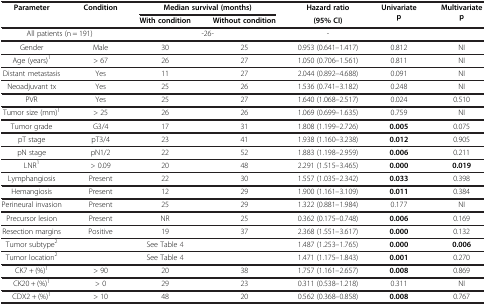
<table><thead><tr><td><b>Parameter</b></td><td><b>Condition</b></td><td colspan="2"><b>Median survival (months)</b></td><td><b>Hazard ratio</b></td><td><b>Univariate</b></td><td><b>Multivariate</b></td></tr><tr><td><b> </b></td><td><b> </b></td><td><b>With condition</b></td><td><b>Without condition</b></td><td><b>(95% CI)</b></td><td><b>p</b></td><td><b>p</b></td></tr></thead><tbody><tr><td colspan="2">All patients (n = 191)</td><td colspan="2">-26-</td><td>-</td><td> </td><td> </td></tr><tr><td>Gender</td><td>Male</td><td>30</td><td>25</td><td>0.953 (0.641–1.417)</td><td>0.812</td><td>NI</td></tr><tr><td>Age (years)<sup>1</sup></td><td>&gt; 67</td><td>26</td><td>27</td><td>1.050 (0.706–1.561)</td><td>0.811</td><td>NI</td></tr><tr><td>Distant metastasis</td><td>Yes</td><td>11</td><td>27</td><td>2.044 (0.892–4.688)</td><td>0.091</td><td>NI</td></tr><tr><td>Neoadjuvant tx</td><td>Yes</td><td>25</td><td>26</td><td>1.536 (0.741–3.182)</td><td>0.248</td><td>NI</td></tr><tr><td>PVR</td><td>Yes</td><td>25</td><td>27</td><td>1.640 (1.068–2.517)</td><td>0.024</td><td>0.510</td></tr><tr><td>Tumor size (mm)<sup>1</sup></td><td>&gt; 25</td><td>26</td><td>26</td><td>1.069 (0.699–1.635)</td><td>0.759</td><td>NI</td></tr><tr><td>Tumor grade</td><td>G3/4</td><td>17</td><td>31</td><td>1.808 (1.199–2.726)</td><td><b>0.005</b></td><td>0.075</td></tr><tr><td>pT stage</td><td>pT3/4</td><td>23</td><td>41</td><td>1.938 (1.160–3.238)</td><td><b>0.012</b></td><td>0.905</td></tr><tr><td>pN stage</td><td>pN1/2</td><td>22</td><td>52</td><td>1.883 (1.198–2.959)</td><td><b>0.006</b></td><td>0.211</td></tr><tr><td>LNR<sup>1</sup></td><td>&gt; 0.09</td><td>20</td><td>48</td><td>2.291 (1.515–3.465)</td><td><b>0.000</b></td><td><b>0.019</b></td></tr><tr><td>Lymphangiosis</td><td>Present</td><td>22</td><td>30</td><td>1.557 (1.035–2.342)</td><td><b>0.033</b></td><td>0.398</td></tr><tr><td>Hemangiosis</td><td>Present</td><td>12</td><td>29</td><td>1.900 (1.161–3.109)</td><td><b>0.011</b></td><td>0.384</td></tr><tr><td>Perineural invasion</td><td>Present</td><td>25</td><td>29</td><td>1.322 (0.881–1.984)</td><td>0.177</td><td>NI</td></tr><tr><td>Precursor lesion</td><td>Present</td><td>NR</td><td>25</td><td>0.362 (0.175–0.748)</td><td><b>0.006</b></td><td>0.169</td></tr><tr><td>Resection margins</td><td>Positive</td><td>19</td><td>37</td><td>2.368 (1.551–3.617)</td><td><b>0.000</b></td><td>0.132</td></tr><tr><td>Tumor subtype<sup>2</sup></td><td colspan="3">See Table 4</td><td>1.487 (1.253–1.765)</td><td><b>0.000</b></td><td><b>0.006</b></td></tr><tr><td>Tumor location<sup>2</sup></td><td colspan="3">See Table 4</td><td>1.471 (1.175–1.843)</td><td><b>0.001</b></td><td>0.270</td></tr><tr><td>CK7 + (%)<sup>1</sup></td><td>&gt; 90</td><td>20</td><td>38</td><td>1.757 (1.161–2.657)</td><td><b>0.008</b></td><td>0.869</td></tr><tr><td>CK20 + (%)<sup>1</sup></td><td>&gt; 0</td><td>29</td><td>23</td><td>0.311 (0.538–1.218)</td><td>0.311</td><td>NI</td></tr><tr><td>CDX2 + (%)<sup>1</sup></td><td>&gt; 10</td><td>48</td><td>20</td><td>0.562 (0.368–0.858)</td><td><b>0.008</b></td><td>0.767</td></tr></tbody></table>